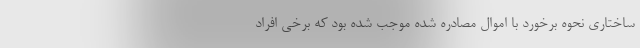
ساختاری نحوه برخورد با اموال مصادره شده موجب شده بود که برخی افراد